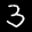
Label: 3